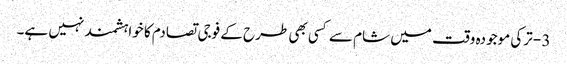
3 - ترکی موجودہ وقت میں شام سے کسی بھی طرح کے فوجی تصادم کا خواہشمند نہیں ہے۔